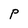
Character: P